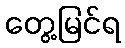
တွေ့မြင်ရ